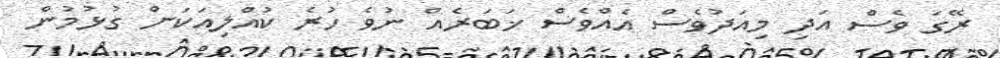
ރޭގަ ވެސް އަދި މިއަދުވެސް އެއްވެސް ޚަބަރެއް ނުވެ ހުރެ ކުއްލިއަކަށް ގުޅުމުން